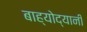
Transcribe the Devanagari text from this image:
बाह्योद्यानीं